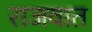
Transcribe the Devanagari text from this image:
राजवात